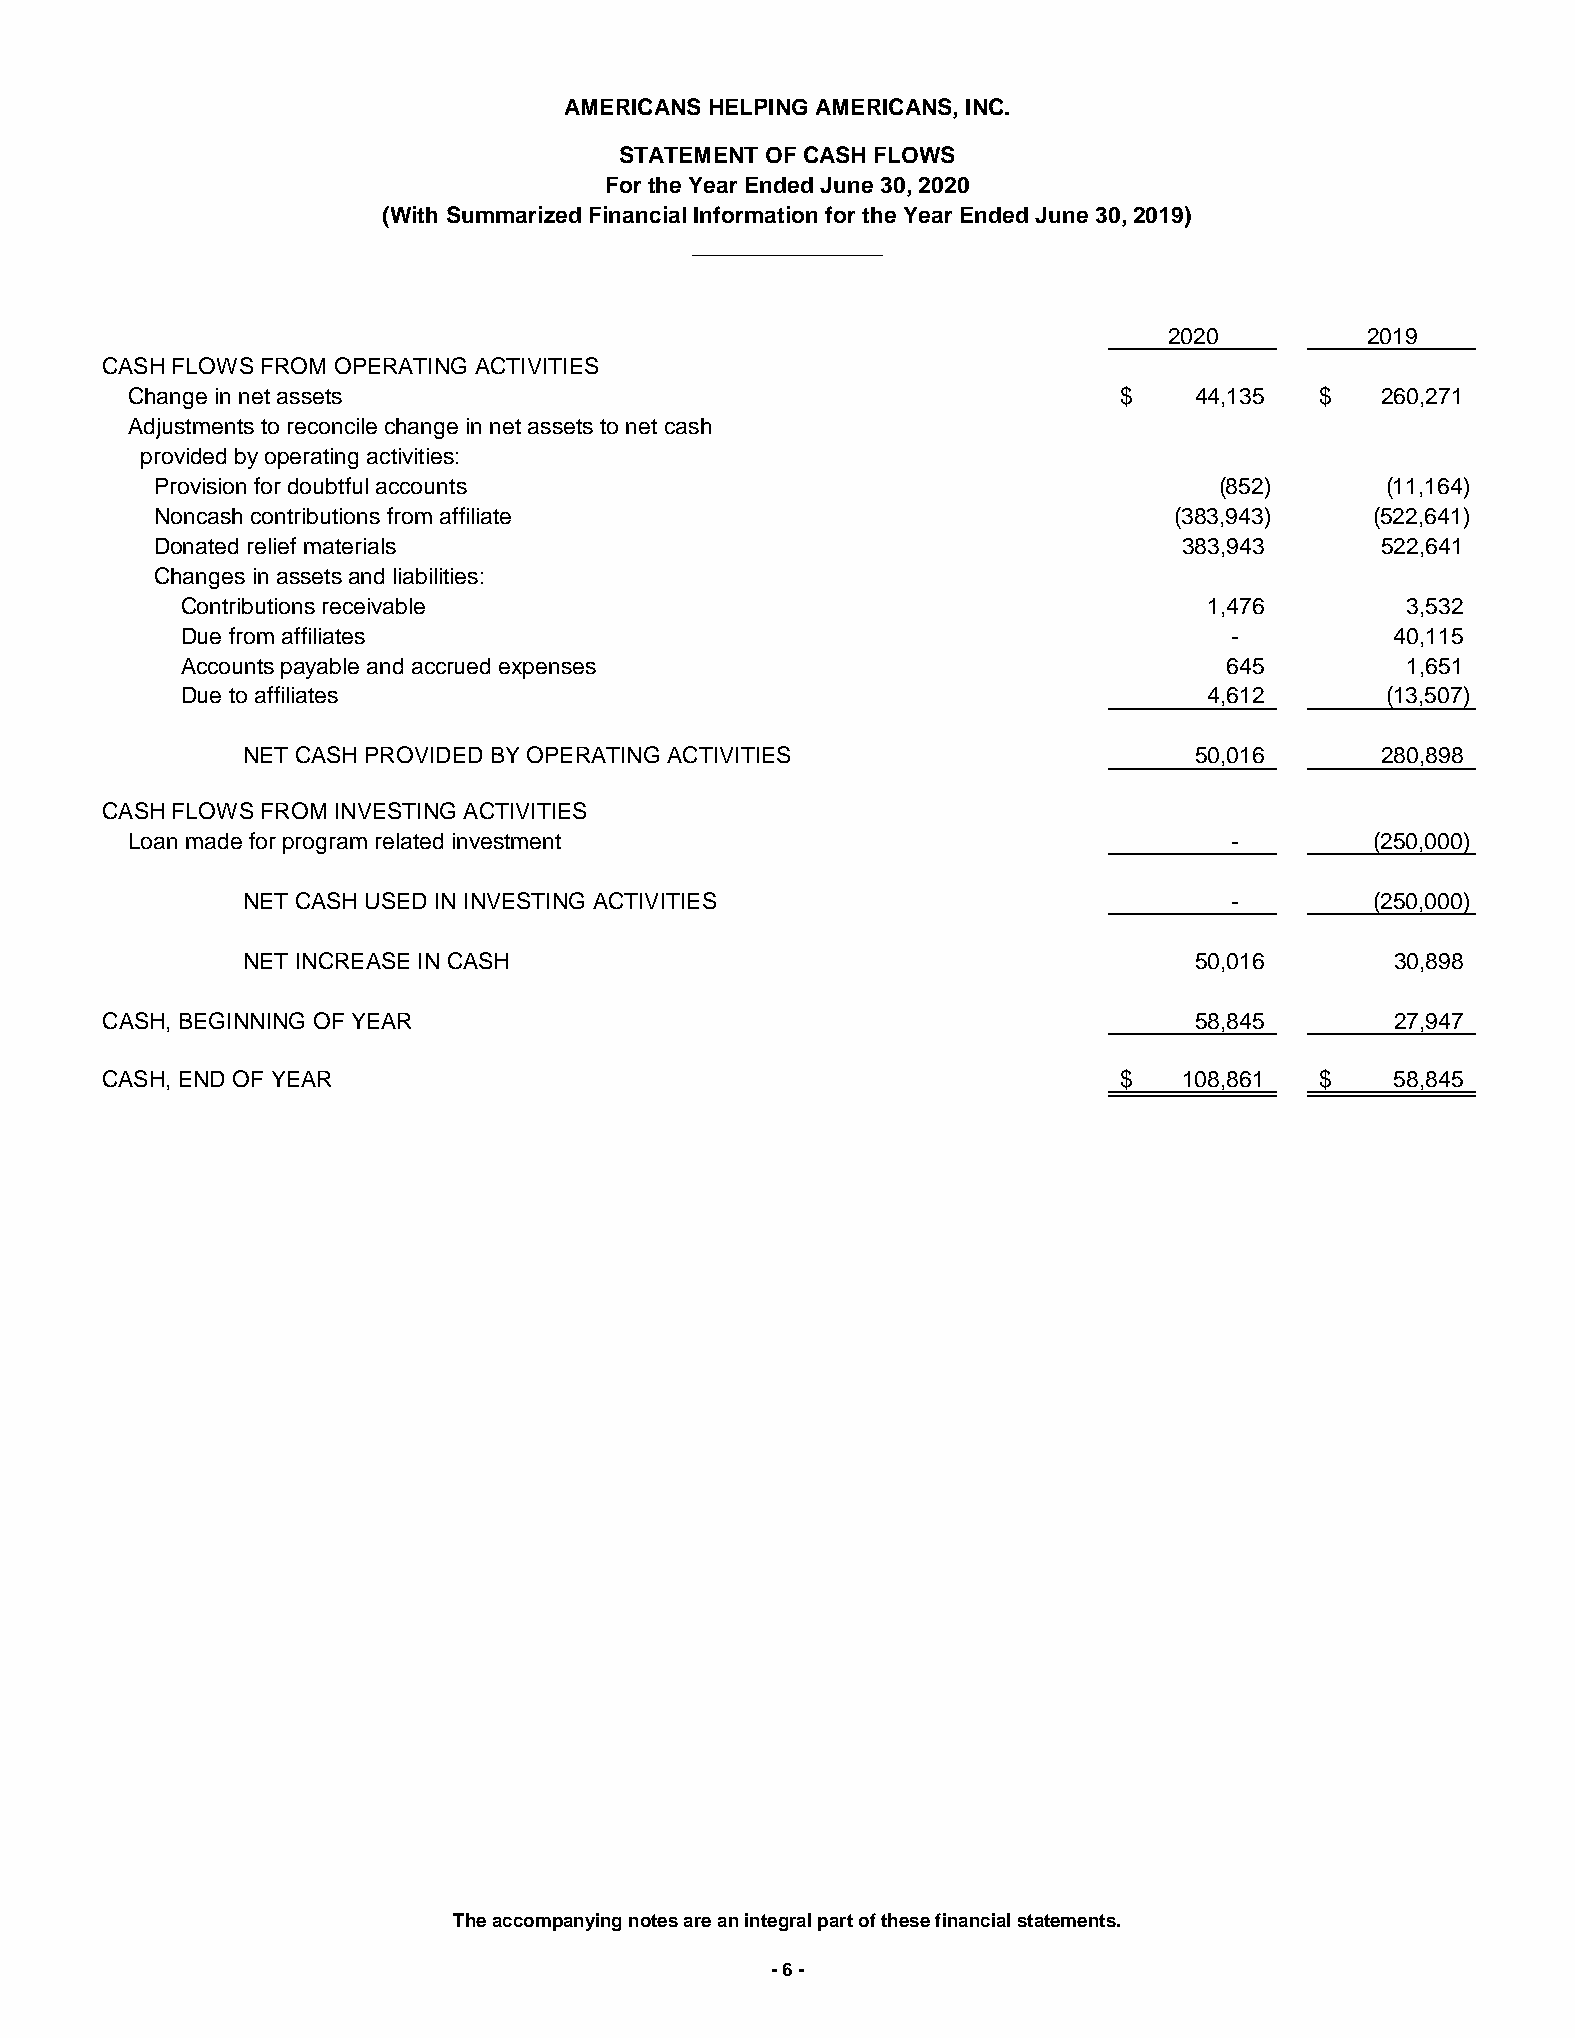
AMERICANS HELPING AMERICANS, INC.
 STATEMENT OF CASH FLOWS
 For the Year Ended June 30, 2020
 (With Summarized Financial Information for the Year Ended June 30, 2019)
 _______________
 2020         2019
 CASH FLOWS FROM OPERATING ACTIVITIES
 Change in net assets                                              $    44,135  $   260,271
 Adjustments to reconcile change in net assets to net cash
 provided by operating activities:
 Provision for doubtful accounts                                        (852)      (11,164)
 Noncash contributions from affiliate                                (383,943)    (522,641)
 Donated relief materials                                            383,943      522,641
 Changes in assets and liabilities:
 Contributions receivable                                            1,476        3,532
 Due from affiliates                                                  -          40,115
 Accounts payable and accrued expenses                                645         1,651
 Due to affiliates                                                   4,612       (13,507)
 NET CASH PROVIDED BY OPERATING ACTIVITIES                      50,016      280,898
 CASH FLOWS FROM INVESTING ACTIVITIES
 Loan made for program related investment                                 -         (250,000)
 NET CASH USED IN INVESTING ACTIVITIES                            -         (250,000)
 NET INCREASE IN CASH                                           50,016       30,898
 CASH, BEGINNING OF YEAR                                                 58,845       27,947
 CASH, END OF YEAR                                                  $   108,861  $    58,845
 The accompanying notes are an integral part of these financial statements.
 - 6 -